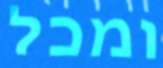
ומכל